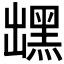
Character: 𪐽